Peeter_Aleksander_Speek, lk 9
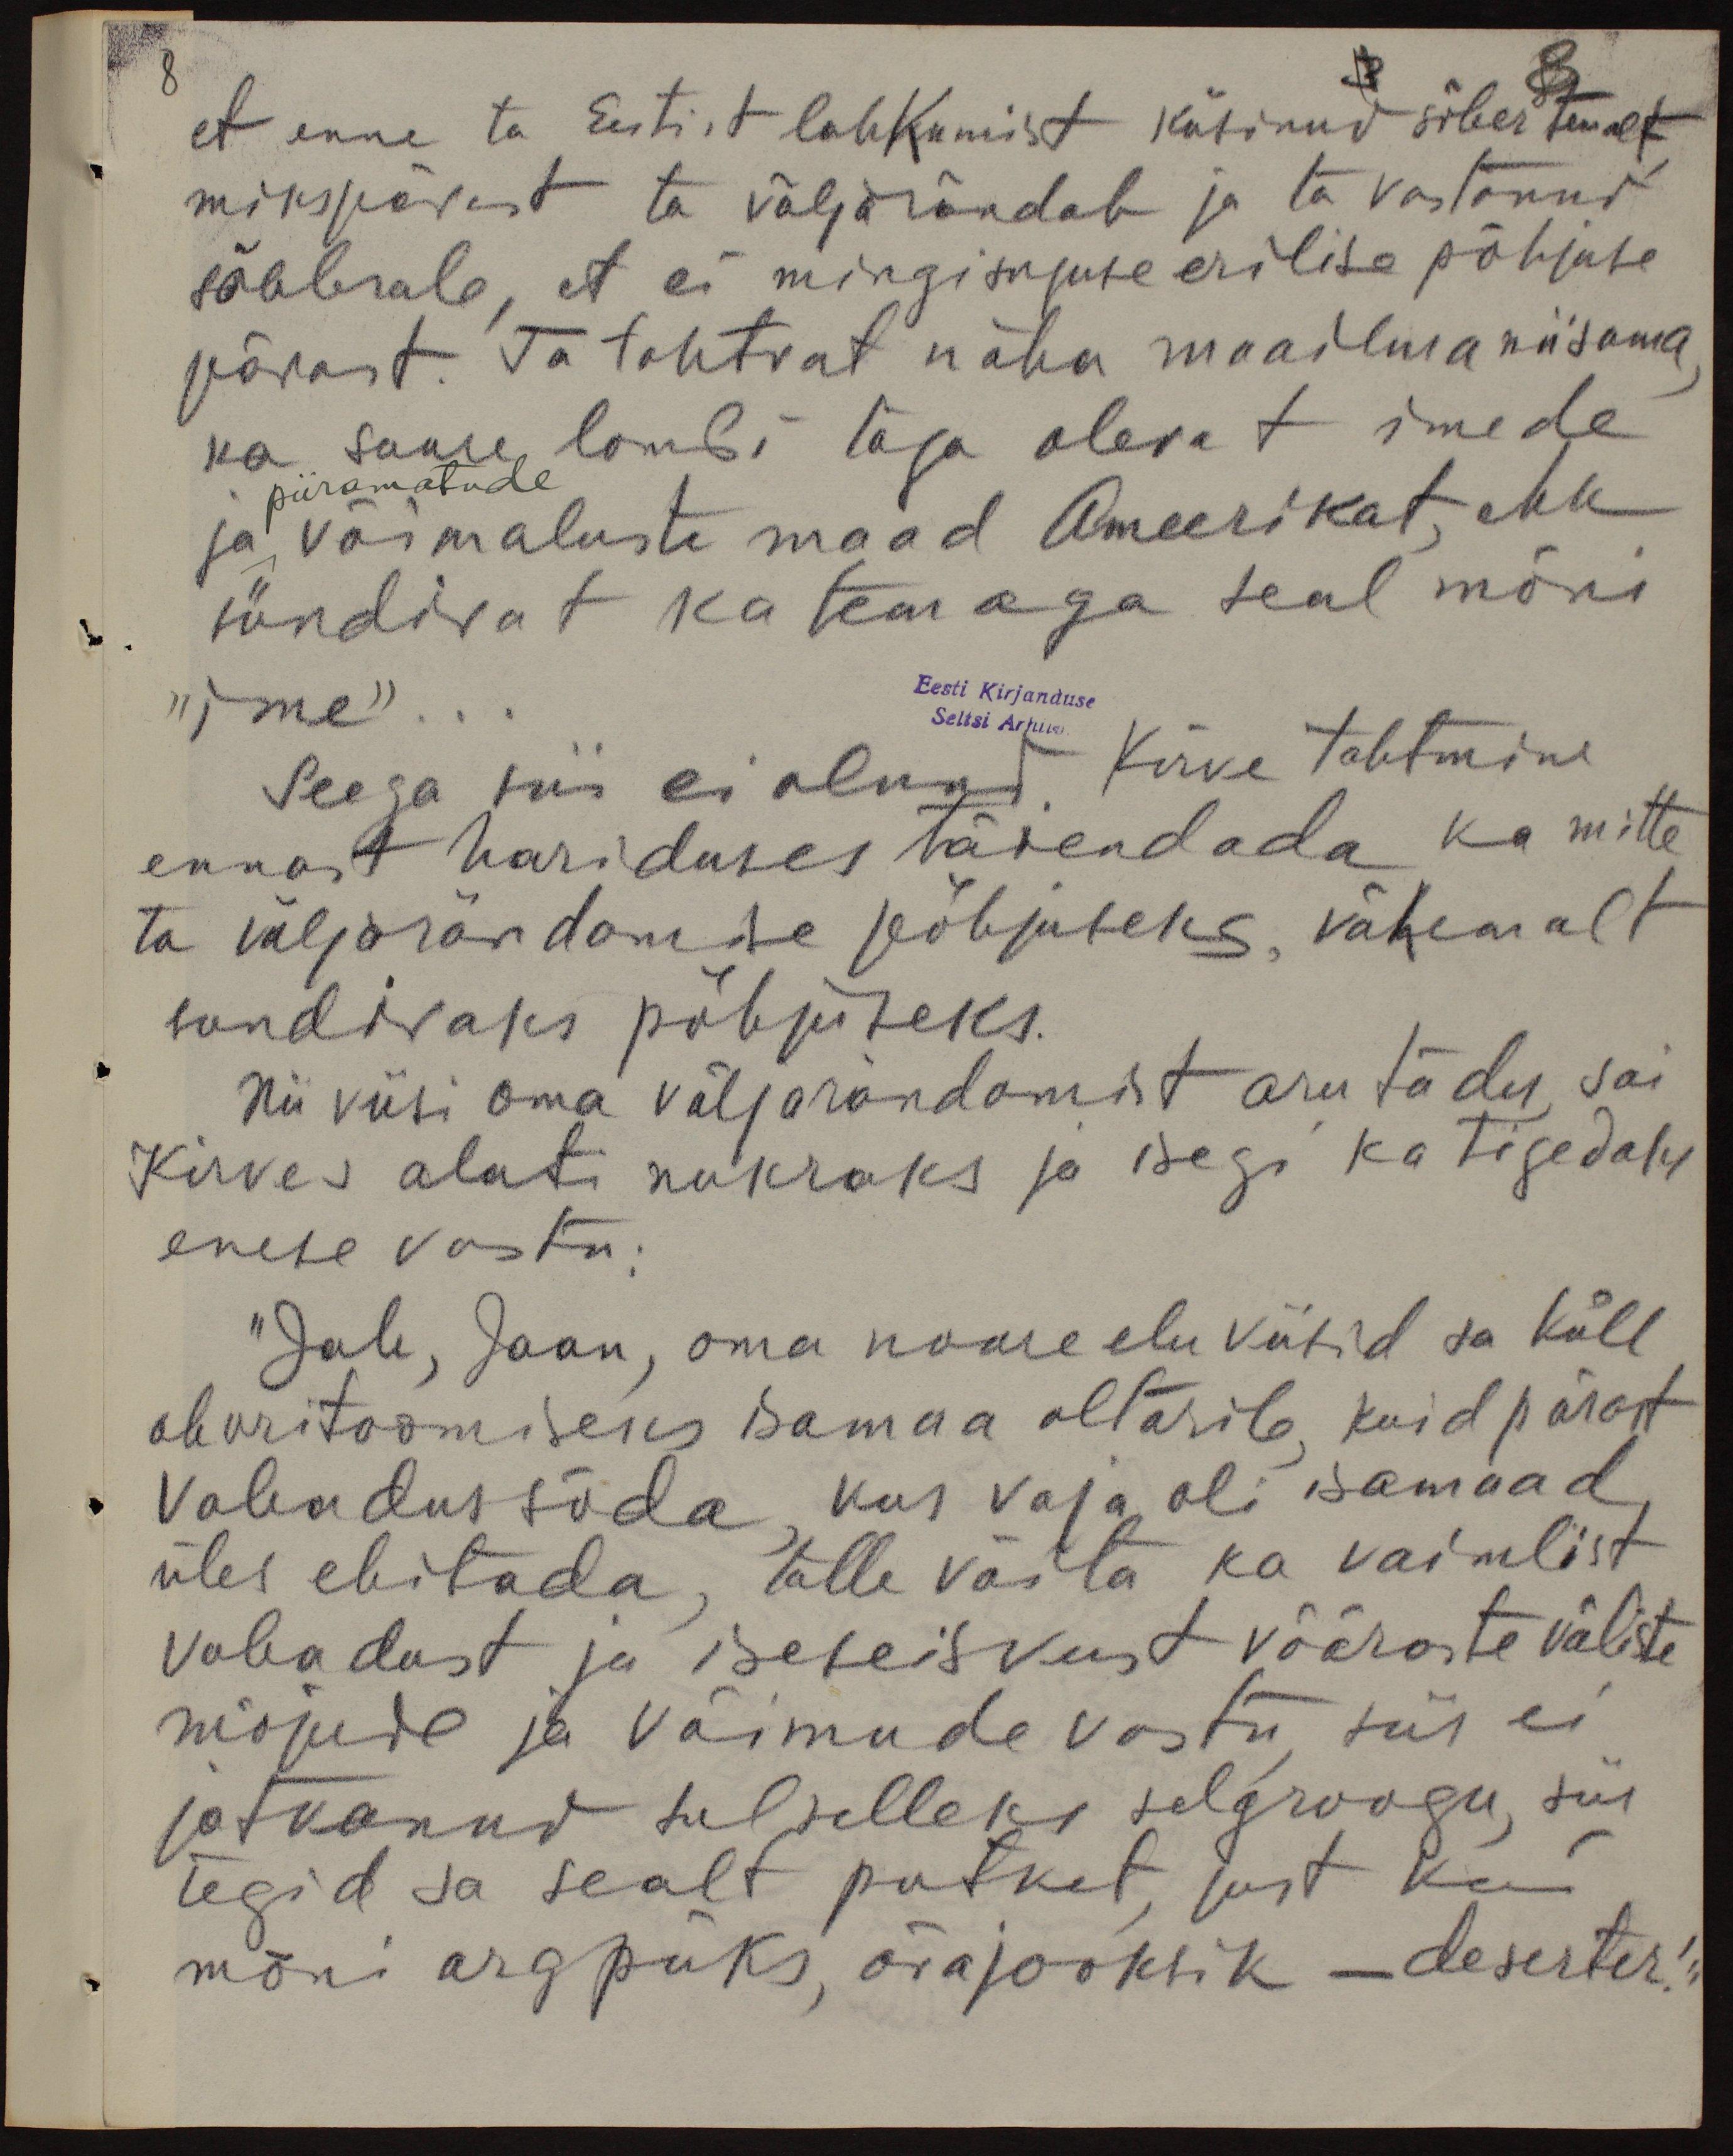
8
et enne ta Eestist lahkumist küsinud sõber temalt
mikspärast ta välja rändab ja ta vastanud
sõbrale, et ei mingisuguse erilise põhjuse
pärast. Ta tahtvat näha maailma niisama
ka suure lombi taga olevat imede
ja võimaluste maad Ameerikat, ehk
piiramatude
sündivat ka temaga seal mõni
"ime"...
Eesti Kirjanduse
Seltsi Arhiiv
Seega siis ei olnud Kirve tahtmine
ennast hariduses täiendada ka mitte
ta väljarändamise põhjuseks, vähemalt
sundivaks põhjuseks.
Nii viisi oma väljarändamist arutades sai
Kirves alati nukraks ja isegi ka tigedaks
enese vastu.
"Jah, Jaan, oma noore elu viisid sa küll
ohvri toomiseks isamaa altarile kuid pärast
Vabadussõda, kus vaja oli isamaad
üles ehitada, talle võita ka vaimlist
vabadust ja iseseisvust võõraste väliste
mõjude ja võimude vastu siis ei
jätkunud sul selleks selgroogu, siis
tegid sa sealt putket, just kui
mõni argpüks, ärajooksik - deserter!"